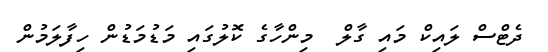
ދެޓްސް ލައިކް މައި ގާލް  މިންހާގެ ކޮލުގައި މަޑުމަޑުން ހިފާލަމުން